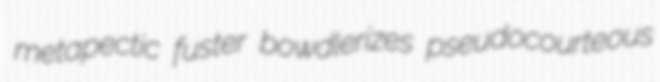
metapectic fuster bowdlerizes pseudocourteous